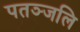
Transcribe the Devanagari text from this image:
पतञ्‍जलि